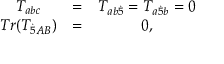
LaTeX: \begin{array} { c c c } { { T _ { a b c } } } & { { = } } & { { T _ { a b { \dot { 5 } } } = T _ { a { \dot { 5 } } b } = 0 } } \\ { { T r ( T _ { { \dot { 5 } } A B } ) } } & { { = } } & { { 0 , } } \end{array}